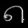
Digit: ၈